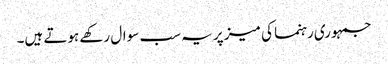
جمہوری رہنما کی میز پر یہ سب سوال رکھے ہوتے ہیں۔